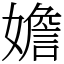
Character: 㜬